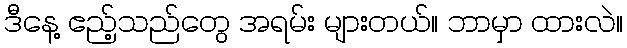
ဒီနေ့ ဧည့်သည်တွေ အရမ်း များတယ်။ ဘာမှာ ထားလဲ။